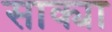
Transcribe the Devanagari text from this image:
साक्या